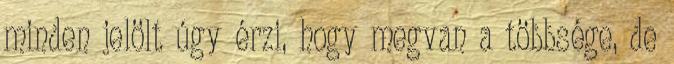
minden jelölt úgy érzi, hogy megvan a többsége, de